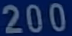
200